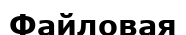
Файловая